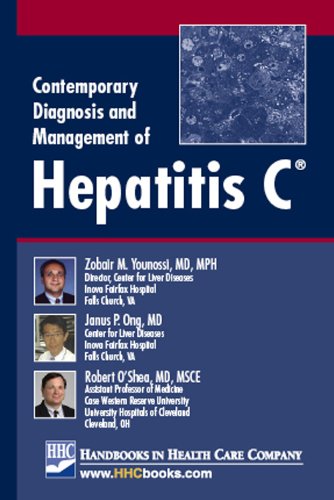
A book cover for Contemporary Diagnosis and Management of Hepatitis C; Zobair M. Younossi; Health, Fitness & Dieting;